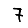
Digit: 7